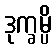
ဒုက္ခမ္ပိ